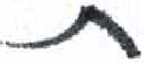
אות: ת